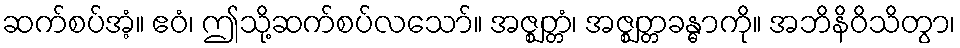
ဆက်စပ်အံ့။ ဧဝံ၊ ဤသို့ဆက်စပ်လသော်။ အဇ္ဈတ္တံ၊ အဇ္ဈတ္တခန္ဓာကို။ အဘိနိဝိသိတွာ၊